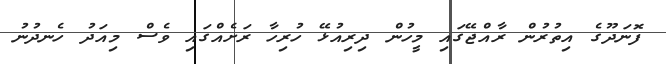
ފޮނަދޫގެ އިތުރުން ރާއްޖޭގައި މީހުން ދިރިއުޅޭ ހުރިހާ ރަށެއްގައި ވެސް މިއަދު ހެނދުނު